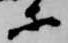
等